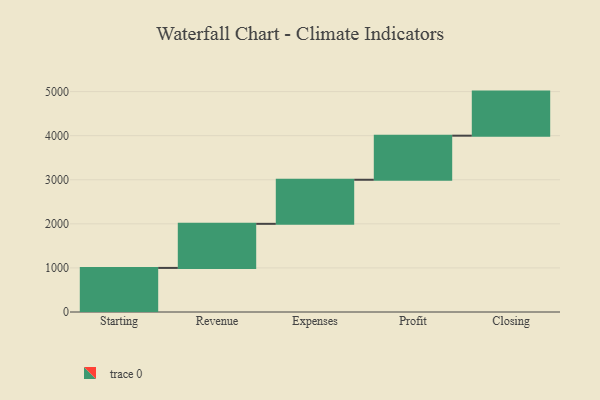
{"axis": {"x": "Step", "y": "Value"}, "legend": [""], "data": [{"x": "Starting", "y": 1000, "type": ""}, {"x": "Revenue", "y": 1000, "type": ""}, {"x": "Expenses", "y": 1000, "type": ""}, {"x": "Profit", "y": 1000, "type": ""}, {"x": "Closing", "y": 1000, "type": ""}]}